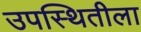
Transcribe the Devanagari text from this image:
उपस्थितीला